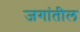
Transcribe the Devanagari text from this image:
जगांतील